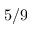
5 / 9